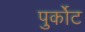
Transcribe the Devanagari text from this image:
पुर्कोट